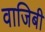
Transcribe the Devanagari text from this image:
वाजिबी